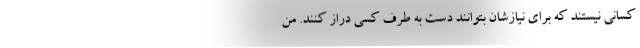
کسانی نیستند که برای نیازشان بتوانند دست به طرف کسی دراز کنند. من